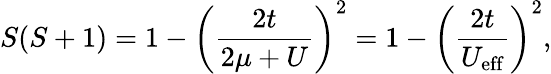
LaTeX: S(S+1)=1-\left(\frac{2t}{2\mu+U}\right)^{2}=1-\left(\frac{2t}{U_{\textrm{eff}}}\right)^{2},